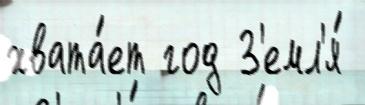
хвата́ет год З'емл'я́